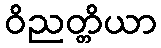
ဝိညတ္တိယာ